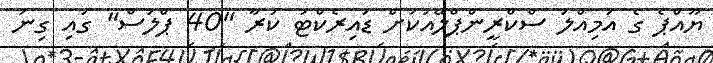
ޔޫއްޕެ ގެ އަމިއްލަ ސްކްރީންޕްލޭއަކަށް ޑައިރެކްޓު ކުރާ "40 ޕްލަސް" ގައި ގިނަ